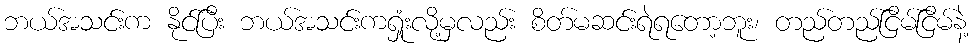
ဘယ်အသင်းက နိုင်ပြီး ဘယ်အသင်းကရှုံးလို့မှလည်း စိတ်မဆင်းရဲရတော့ဘူး၊ တည်တည်ငြိမ်ငြိမ်နဲ့